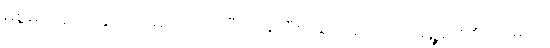
မစွမ်းဆောင်နိုင်ဘဲ။ မဟာပထဝီ၊ မြေကြီးသည်။ စလတိ၊ ရွေ့ရှား၏။ ကမ္ပတိ၊